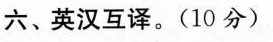
六、英汉互译。（10 分）